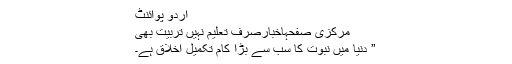
اُردو پوائنٹ
مرکزی صفحہاخبارصرف تعلیم نہیں تربیت بھی
” دنیا میں نبوت کا سب سے بڑا کام تکمیل اخلاق ہے۔